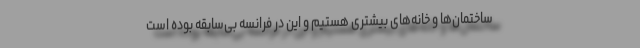
ساختمان‌ها و خانه‌های بیشتری هستیم و این در فرانسه بی‌سابقه بوده است